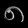
Digit: ၈